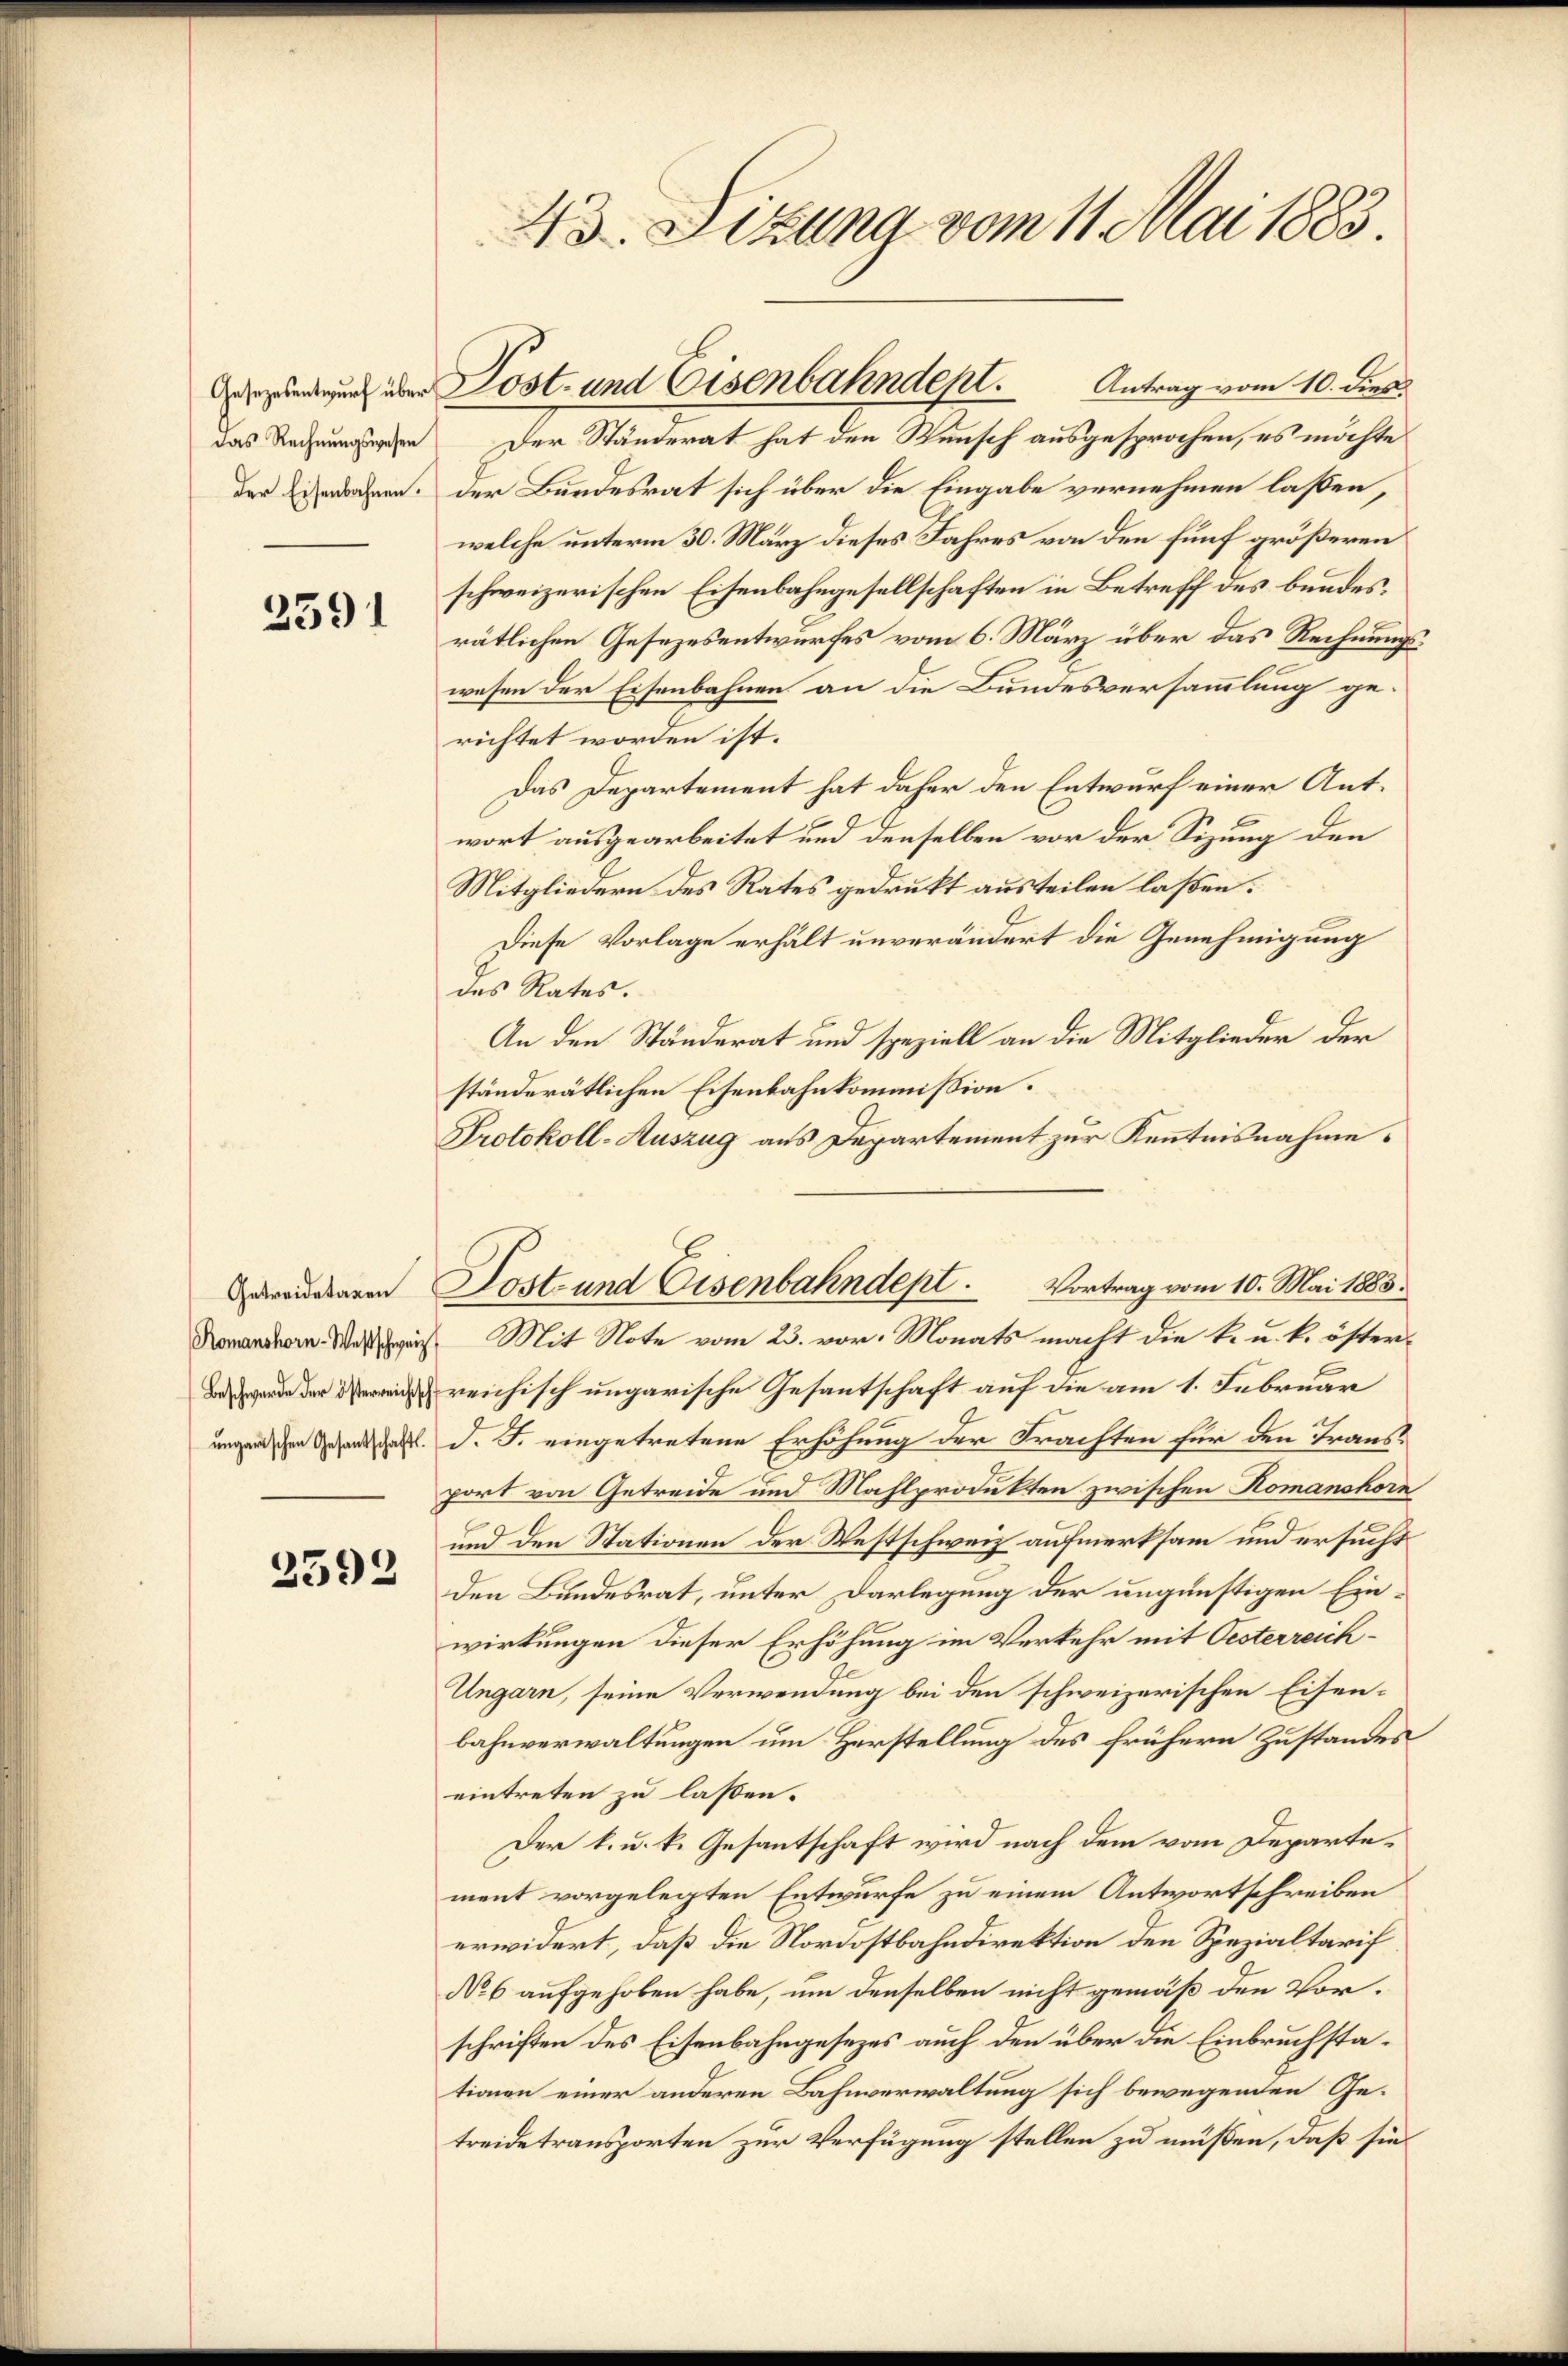
das Rechnungswesen

2591

Romanshorn-Westschweiz

2592

43. Sizung vom 11. Mai 1883.

Der Ständerat hat den Wunsch ausgesprochen, es möchte
der Eisenbahnen. Der Bundesrat sich über die Eingabe vernehmen laßen,
welche unterm 30. März dieses Jahres von den fünf größeren
schweizerischen Eisenbahngesellschaften in Betreff des bundes.
rätlichen Gesezesentwurfes vom 6. März über das Rechnungswesen der Eisenbahnen an die Bundesversammlung gerichtet worden ist.
Das Departement hat daher den Entwurf einer Antwort ausgearbeitet und denselben vor der Sizung den
Mitgliedern des Rates gedrukt austeilen laßen.
Diese Vorlage erhält unverändert die Genehmigung
des Rates.
An den Ständerat und speziell an die Mitglieder der
ständerätlichen Eisenbahnkommission:
Protokoll-Auszug aus Departement zur Kenntnisnahme.
roussagen Jost und Eisenbahndept. Vortrag vom 10. Mai 1883.
Mit Note vom 23. vor. Monats macht die k. u. k. öster¬
Bande der reichisch ungarische Gesantschaft auf die am 1. Februar
ungen den Gesandtschaftl. d. J. eingetretene Erhöhung der Trachten für den Transport von Getreide und Mahlprodukten zwischen Komanshorn
und den Stationen der Westschweiz aufmerksam und ersucht
den Bundesrat, unter Darlegung der ungünstigen Einwirkungen dieser Erhöhung im Verkehr mit Oesterreich¬
Ungarn, seine Verwendung bei den schweizerischen Eisenbahnverwaltungen um Herstellung des frühern Zustandes
eintreten zu lassen.
Der k. u. k. Gesantschaft wird nach dem vom Departement vorgelegten Entwurfe zu einem Antwortschreiben
erwidert, daß die Nordostbahndirektion den Spezialtarif
No 6 aufgehoben habe, um denselben nicht gemäß den Vorschriften des Eisenbahngesezes auch den über die Einbruchstationen einer anderen Bahnverwaltung sich bewegenden Getreide transporten zur Verfügung stellen zu müßen, daß sie

geendigung über Post- und Eisenbahndept. Antrag vom 10. dies